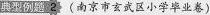
典型例题2 （南京市玄武区小学毕业卷）